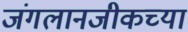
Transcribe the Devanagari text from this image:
जंगलानजीकच्या